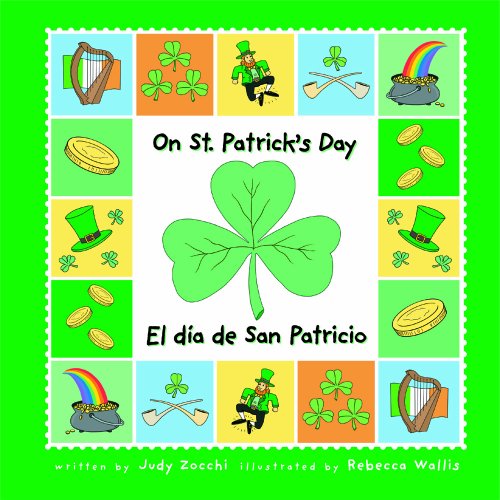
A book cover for On St. Patrick's Day/el DÃ­a De San Patricio (Holiday Happenings/Sucesos De Dias Festivos); Judith Mazzeo Zocchi; Children's Books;